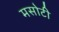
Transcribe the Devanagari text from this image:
मसोटी